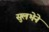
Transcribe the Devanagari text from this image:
सुलभेने